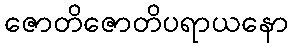
ဇောတိဇောတိပရာယနော